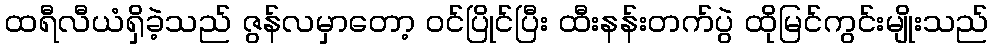
ထရီလီယံရှိခဲ့သည် ဇွန်လမှာတော့ ဝင်ပြိုင်ပြီး ထီးနန်းတက်ပွဲ ထိုမြင်ကွင်းမျိုးသည်